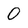
Character: 0